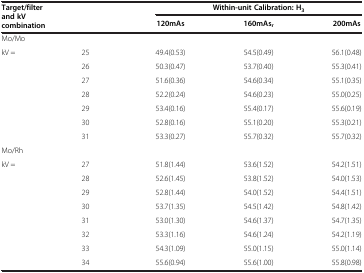
<table><thead><tr><td rowspan="2" colspan="2"><b>Target/filter and kV combination</b></td><td colspan="3"><b>Within-unit Calibration: H<sub>3</sub></b></td></tr><tr><td><b>120mAs</b></td><td><b>160mAs<sub>r</sub></b></td><td><b>200mAs</b></td></tr></thead><tbody><tr><td colspan="2">Mo/Mo</td><td> </td><td> </td><td> </td></tr><tr><td>kV =</td><td>25</td><td>49.4(0.53)</td><td>54.5(0.49)</td><td>56.1(0.48)</td></tr><tr><td> </td><td>26</td><td>50.3(0.47)</td><td>53.7(0.40)</td><td>55.3(0.41)</td></tr><tr><td> </td><td>27</td><td>51.6(0.36)</td><td>54.6(0.34)</td><td>55.1(0.35)</td></tr><tr><td> </td><td>28</td><td>52.2(0.24)</td><td>54.6(0.23)</td><td>55.0(0.25)</td></tr><tr><td> </td><td>29</td><td>53.4(0.16)</td><td>55.4(0.17)</td><td>55.6(0.19)</td></tr><tr><td> </td><td>30</td><td>52.8(0.16)</td><td>55.1(0.20)</td><td>55.3(0.21)</td></tr><tr><td> </td><td>31</td><td>53.3(0.27)</td><td>55.7(0.32)</td><td>55.7(0.32)</td></tr><tr><td colspan="2">Mo/Rh</td><td> </td><td> </td><td> </td></tr><tr><td>kV =</td><td>27</td><td>51.8(1.44)</td><td>53.6(1.52)</td><td>54.2(1.51)</td></tr><tr><td> </td><td>28</td><td>52.6(1.45)</td><td>53.8(1.52)</td><td>54.0(1.53)</td></tr><tr><td> </td><td>29</td><td>52.8(1.44)</td><td>54.0(1.52)</td><td>54.4(1.51)</td></tr><tr><td> </td><td>30</td><td>53.7(1.35)</td><td>54.5(1.42)</td><td>54.8(1.42)</td></tr><tr><td> </td><td>31</td><td>53.0(1.30)</td><td>54.6(1.37)</td><td>54.7(1.35)</td></tr><tr><td> </td><td>32</td><td>53.3(1.16)</td><td>54.6(1.24)</td><td>54.2(1.19)</td></tr><tr><td> </td><td>33</td><td>54.3(1.09)</td><td>55.0(1.15)</td><td>55.0(1.14)</td></tr><tr><td> </td><td>34</td><td>55.6(0.94)</td><td>55.6(1.00)</td><td>55.8(0.98)</td></tr></tbody></table>